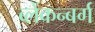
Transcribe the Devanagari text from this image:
ब्लेंकन्बर्ग